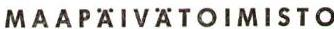
MAAPÄIVÄTOIMISTO